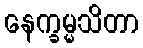
နေက္ခမ္မသိတာ